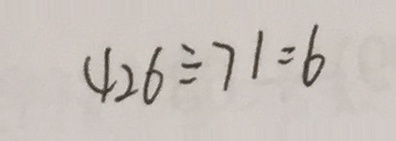
4 2 6 \div 7 1 = 6